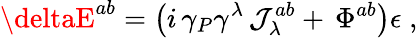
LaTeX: \deltaE^{ab}=\left(i\, \gamma_{P}\gamma^{\lambda}\, \mathcal{J}_{\lambda}^{ab}+\, \Phi^{ab}\right)\epsilon\; ,